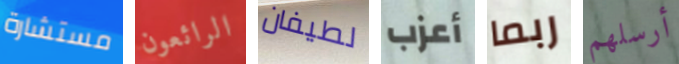
مستشارة الرائعون لطيفان أعزب ربما أرسلهم